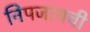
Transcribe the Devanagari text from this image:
निपजायची